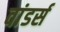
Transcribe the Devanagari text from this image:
वांडर्स